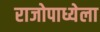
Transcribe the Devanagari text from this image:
राजोपाध्येला